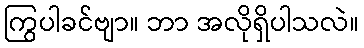
ကြွပါခင်ဗျာ။ ဘာ အလိုရှိပါသလဲ။